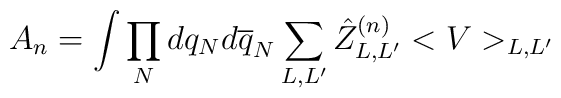
A_n=\int\prod_Ndq_Nd\overline q_N\sum_{L,L'}\hat Z_{L,L'}^{(n)} <V>_{L,L'}